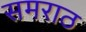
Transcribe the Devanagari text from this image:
समराठ